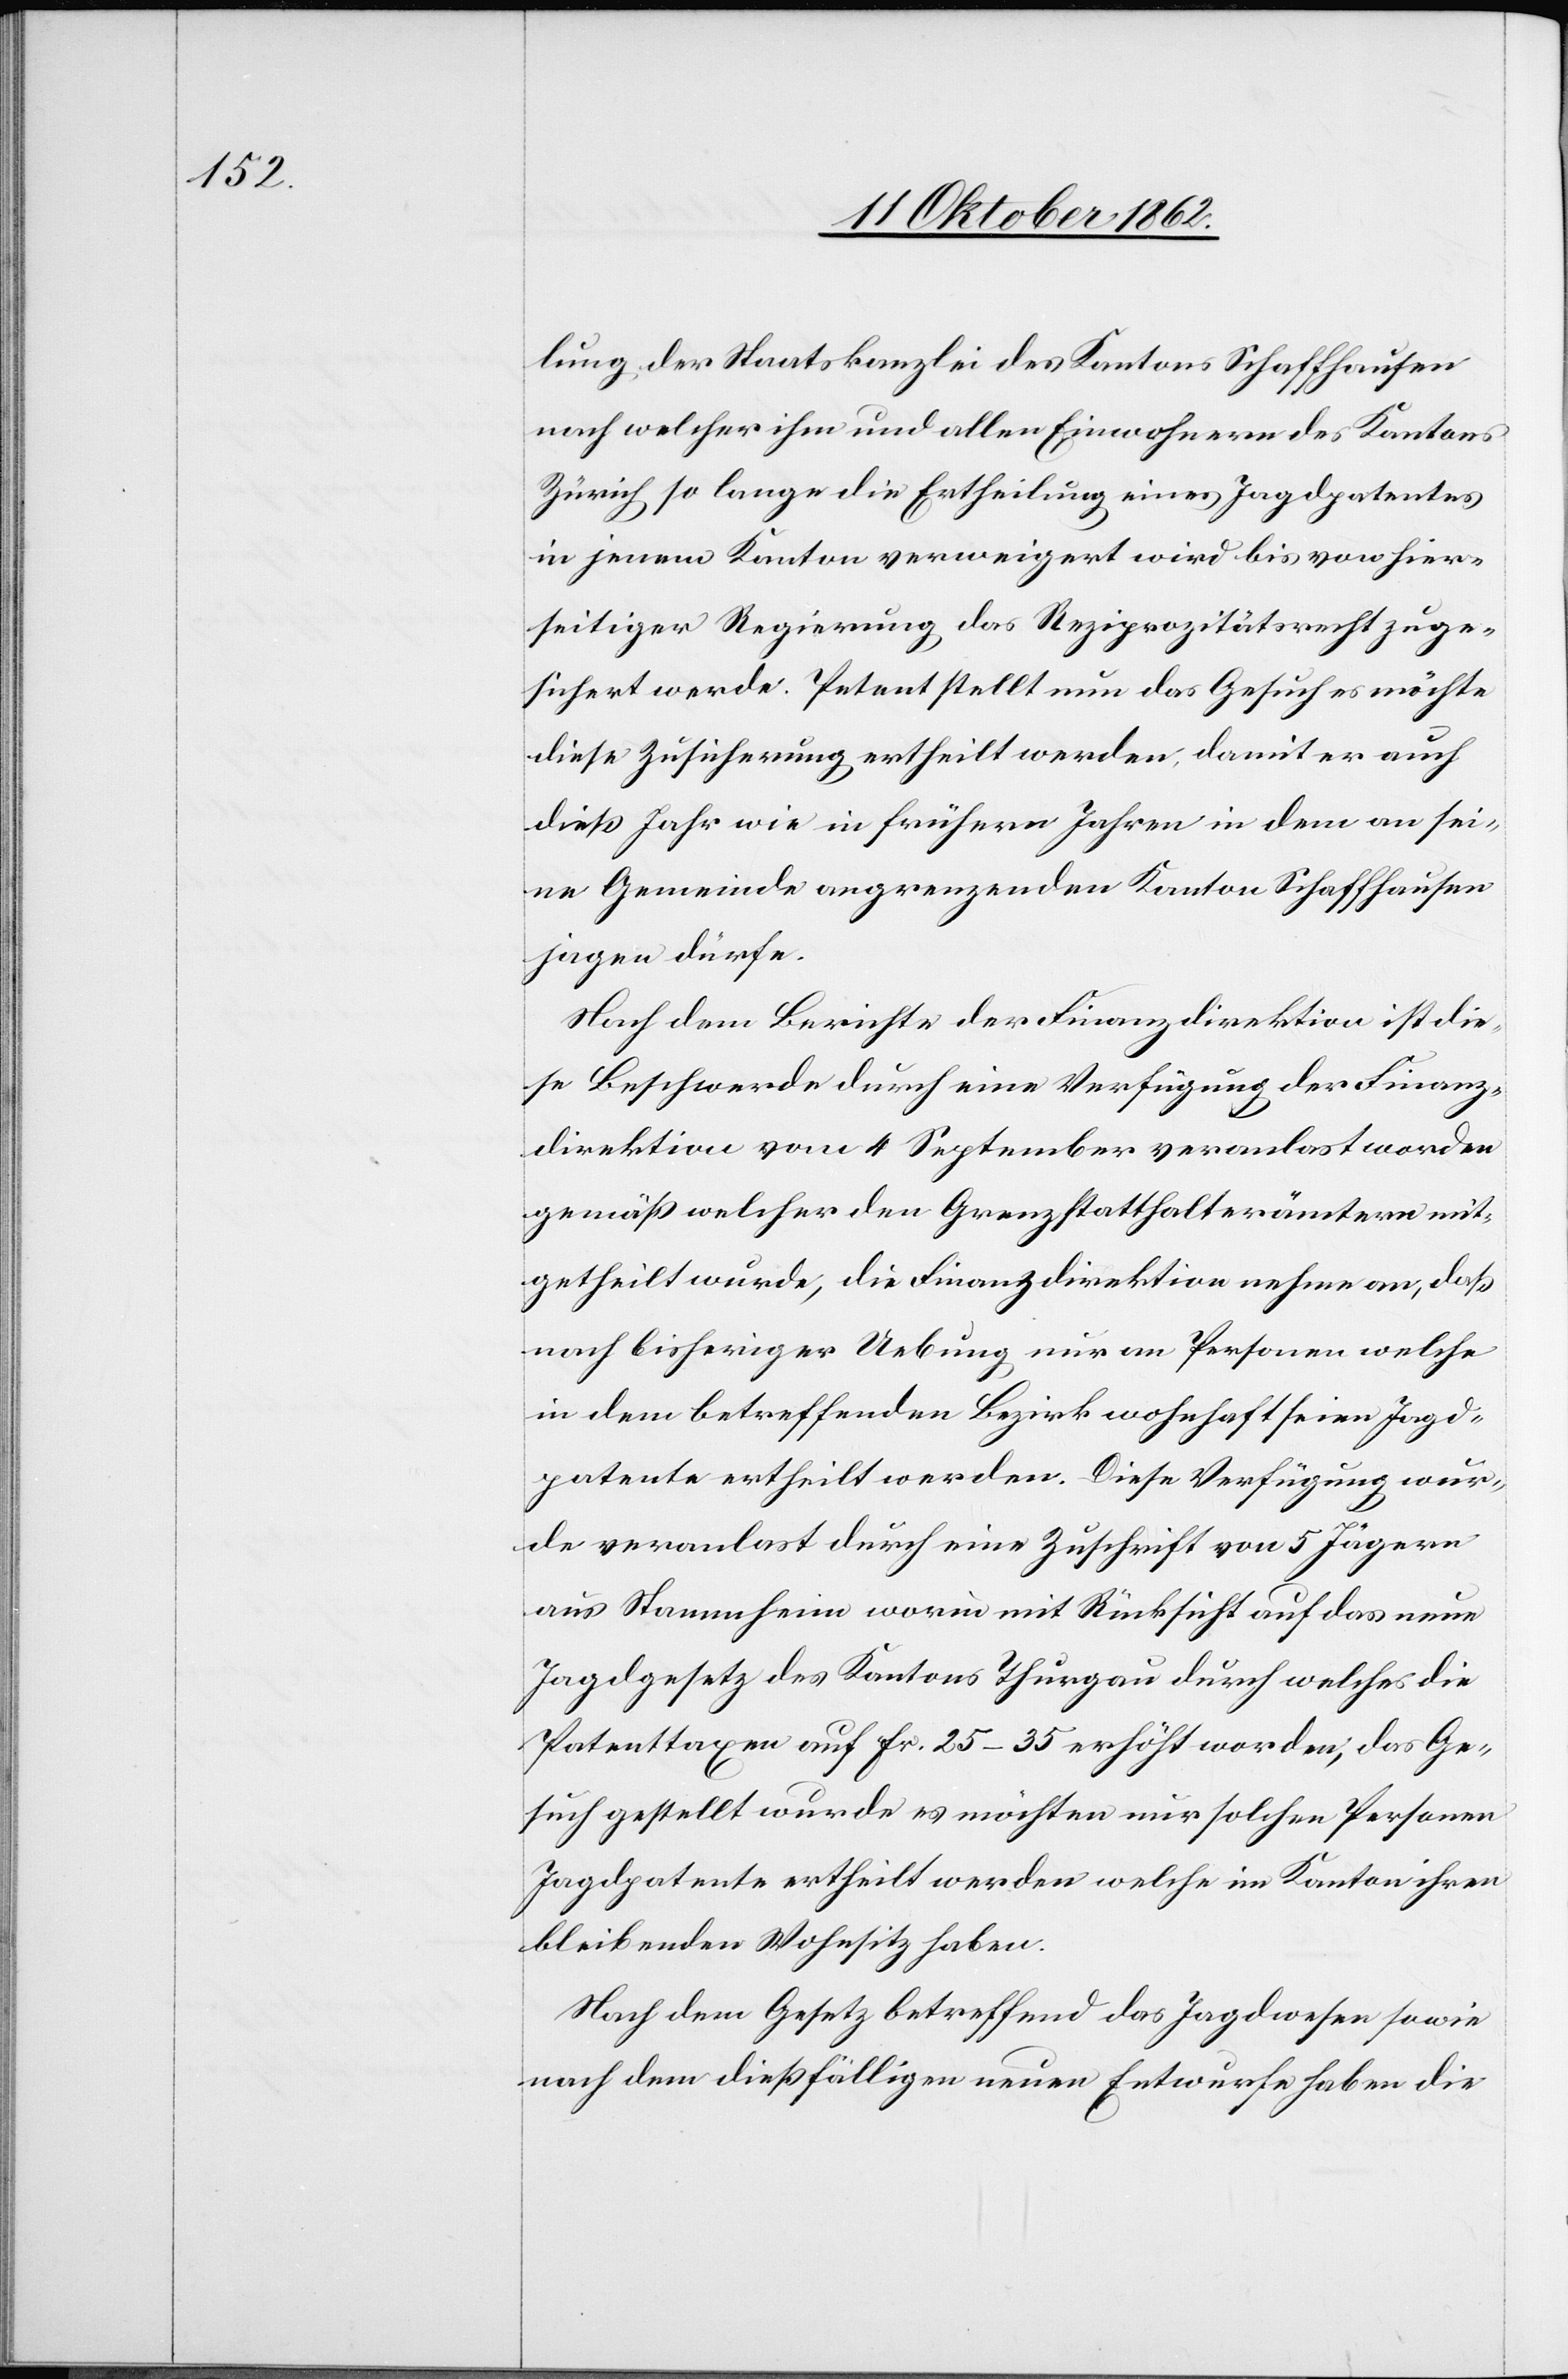
lung der Staatskanzlei des Kantons Schaffhausen
nach welcher ihm und allen Einwohnern des Kantons
Zürich so lange die Ertheilung eines Jagdpatentes
in jenem Kanton verweigert wird bis von hier¬
seitiger Regierung das Reziprozitätsrecht zuge¬
sichert werde. Petent stellt nun das Gesuch es möchte
diese Zusicherung ertheilt werden, damit er auch
dieß Jahr wie in frühern Jahren in dem an sei¬
ne Gemeinde angrenzenden Kanton Schaffhausen
jagen dürfe.
Nach dem Berichte der Finanzdirektion ist die¬
se Beschwerde durch eine Verfügung der Finanz¬
direktion vom 4 September veranlast [sic!] worden
gemäß welcher den Grenzstatthalterämtern mit¬
getheilt wurde, die Finanzdirektion nehme an, daß
nach bisheriger Uebung nur an Personen welche
in dem betreffenden Bezirke wohnhaft seien Jagd¬
patente ertheilt werden. Diese Verfügung wur¬
de veranlast durch eine Zuschrift von 5 Jägern
aus Stammheim worin mit Rücksicht auf das neue
Jagdgesetz des Kantons Thurgau durch welches die
Patenttaxen auf Fr. 25–35 erhöht worden, das Ge¬
such gestellt wurde es möchten nur solchen Personen
Jagdpatente ertheilt werden welche im Kanton ihren
bleibenden Wohnsitz haben.
Nach dem Gesetz betreffend das Jagdwesen sowie
nach dem dießfälligen neuen Entwurfe haben die